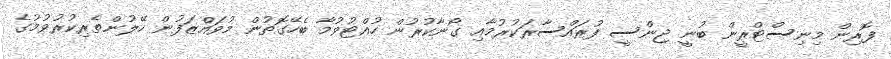
ފޮރިން މިނިސްޓްރީން ބުނީ ޖިންސީ ފުރައްސާރަކުރުމާއި ގޯނާކުރުން ހުއްޓުވުމާ ބެހޭގޮތުން މުވައްޒަފުން ހޭލުންތެރިކުރުވުމުގެ